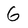
Character: 6